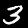
Label: 3